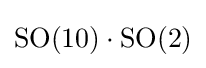
\mathrm {SO} (10)\cdot \mathrm {SO} (2)